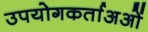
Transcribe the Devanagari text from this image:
उपयोगकर्ताअओं